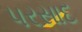
પરસાદ